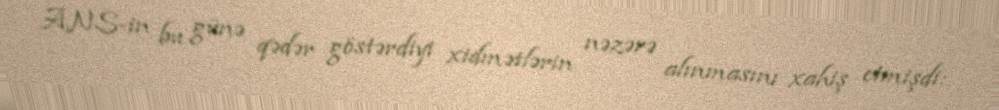
ANS-in bu günə qədər göstərdiyi xidmətlərin nəzərə alınmasını xahiş etmişdi: